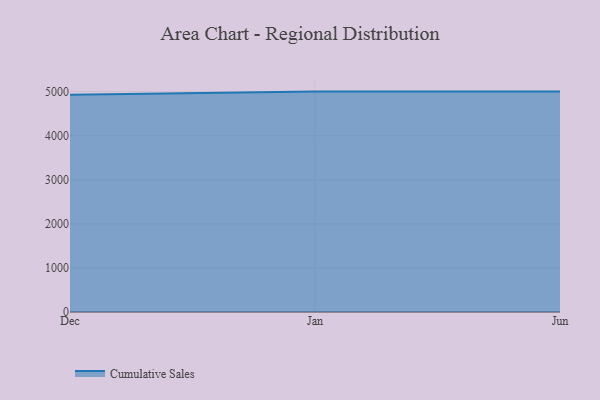
{"axis": {"x": "Month", "y": "Production Output"}, "legend": ["Cumulative Sales"], "data": [{"x": "Dec", "y": 4927.8, "type": "Cumulative Sales"}, {"x": "Jan", "y": 5000, "type": "Cumulative Sales"}, {"x": "Jun", "y": 5000, "type": "Cumulative Sales"}]}